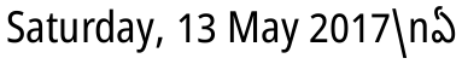
Saturday, 13 May 2017\nఏ